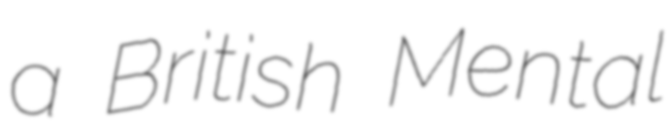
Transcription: a British Mental